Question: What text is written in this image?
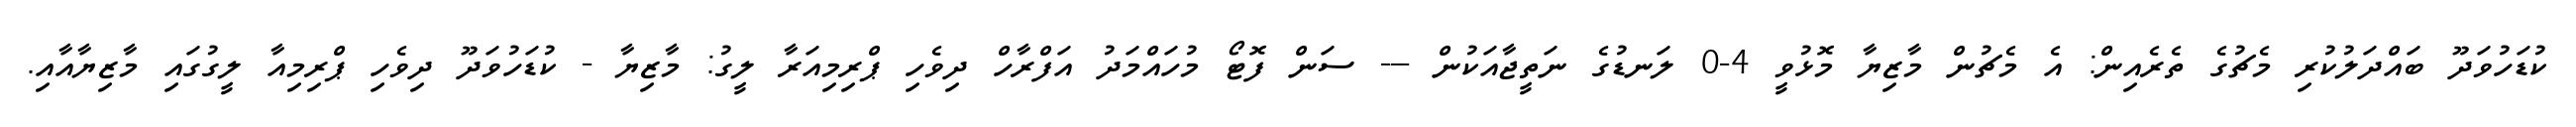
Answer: ކުޑަހުވަދޫ ބައްދަލުކުރި މެޗުގެ ތެރެއިން: އެ މެޗުން މާޒިޔާ މޮޅުވީ 4-0 ލަނޑުގެ ނަތީޖާއަކުން --- ސަން ފޮޓޯ މުހައްމަދު އަފްރާހް ދިވެހި ޕްރިމިއަރާ ލީގު: މާޒިޔާ - ކުޑަހުވަދޫ ދިވެހި ޕްރިމިއާ ލީގުގައި މާޒިޔާއާއި.